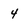
Character: 4